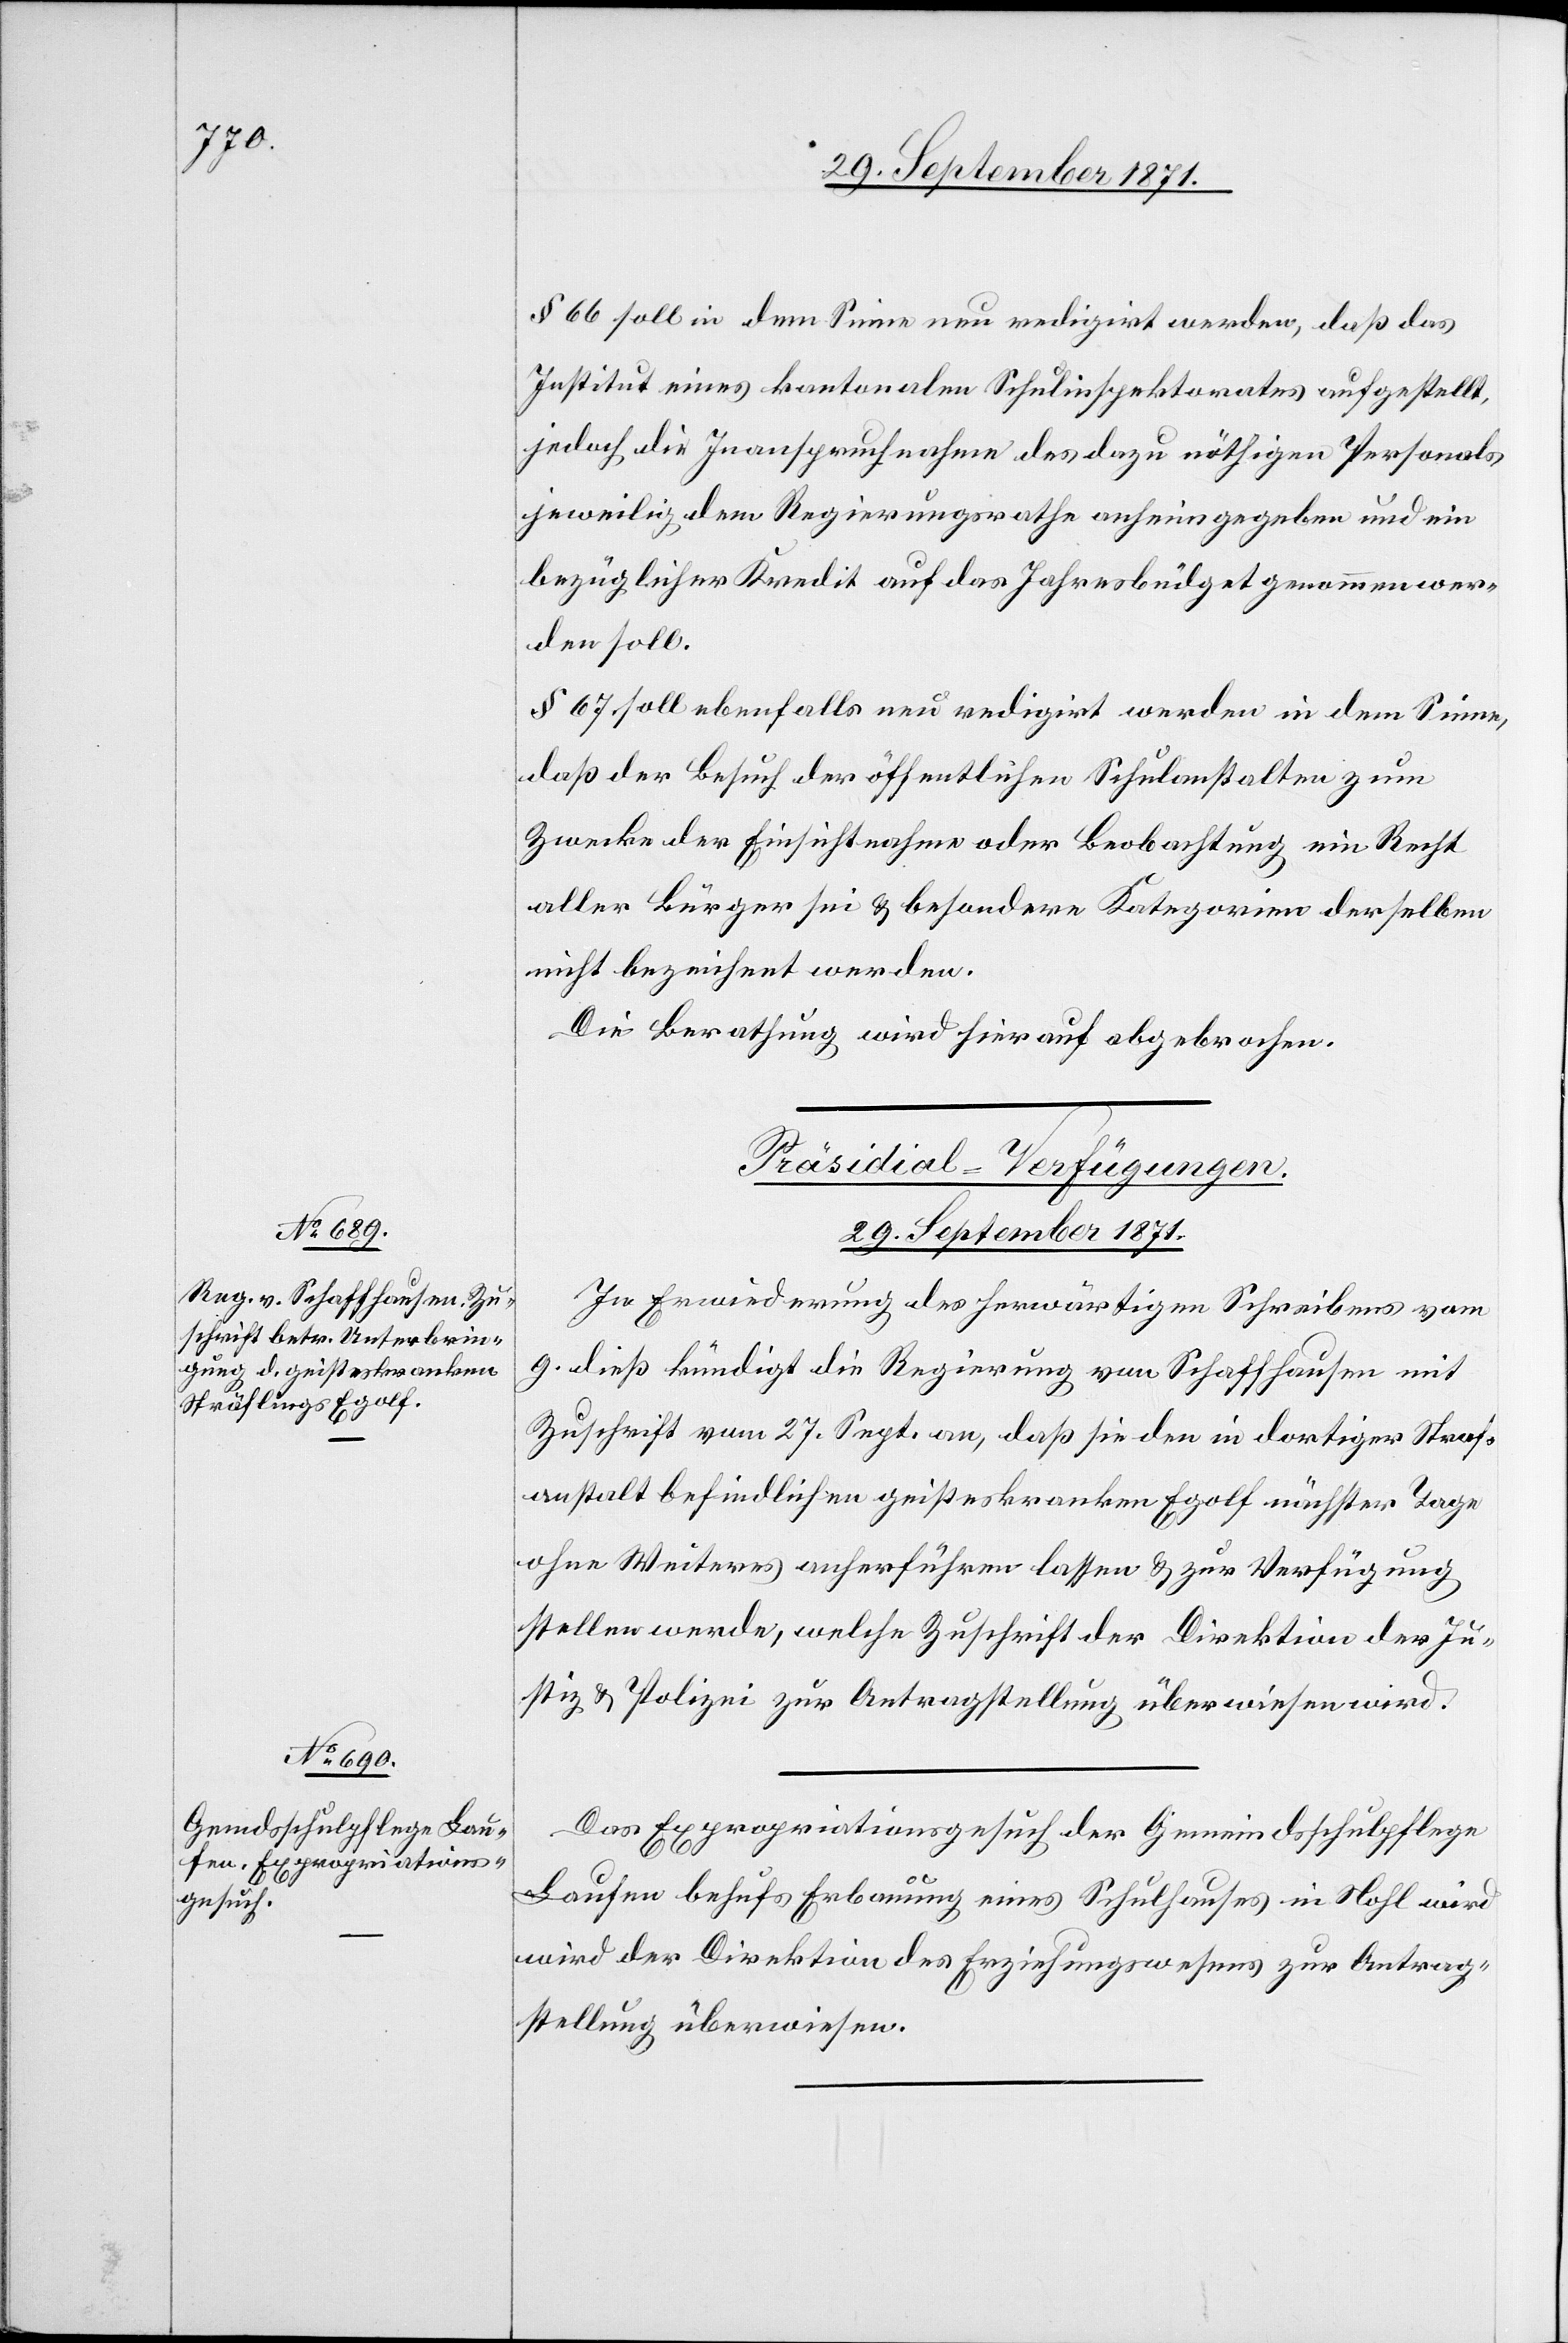
§ 66 soll in dem Sinne um redigirt werden, daß das
Institut eines kantonalen Schulinspektorates aufgestellt,
jedoch die Inanspruchnahme des dazu nöthigen Personals
jeweilig dem Regierungsrathe ahnheimgegeben und ein
bezüglicher Kredit auf das Jahresbudget genommen wer¬
den soll.
§ 67 soll ebenfalls neu redigirt werden in dem Sinne,
daß der Besuch der öffentlichen Schulanstalten zum
Zwecke der Einsichtnahme oder Beobachtung ein Recht
aller Bürger sei & besondere Kategorien derselben
nicht bezeichnet werden.
Die Berathung wird hierauf abgebrochen.
[Präsidial-Verfügungen.
29. September 1871.]
In Erwiederung des herwärtigen Schreibens vom
9. dieß kündigt die Regierung von Schaffhausen mit
Zuschrift vom 27. Sept. an, daß sie den in dortiger Straf¬
anstalt befindlichen geisteskranken Egolf nächster Tage
ohne Weiteres anherführen lassen & zur Verfügung
stellen werde, welche Zuschrift der Direktion der Ju¬
stiz & Polizei zur Antragstellung überwiesen wird.
Das Expropriationsgesuch der Gemeindsschulpflege
Laufen behufs Erbauung eines Schulhauses in Nohl wird
[sic!] der Direktion des Erziehungswesens zur Antrag¬
stellung überwiesen.